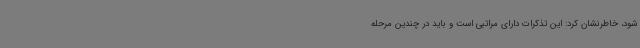
شود، خاطرنشان کرد: این تذکرات دارای مراتبی است و باید در چندین مرحله